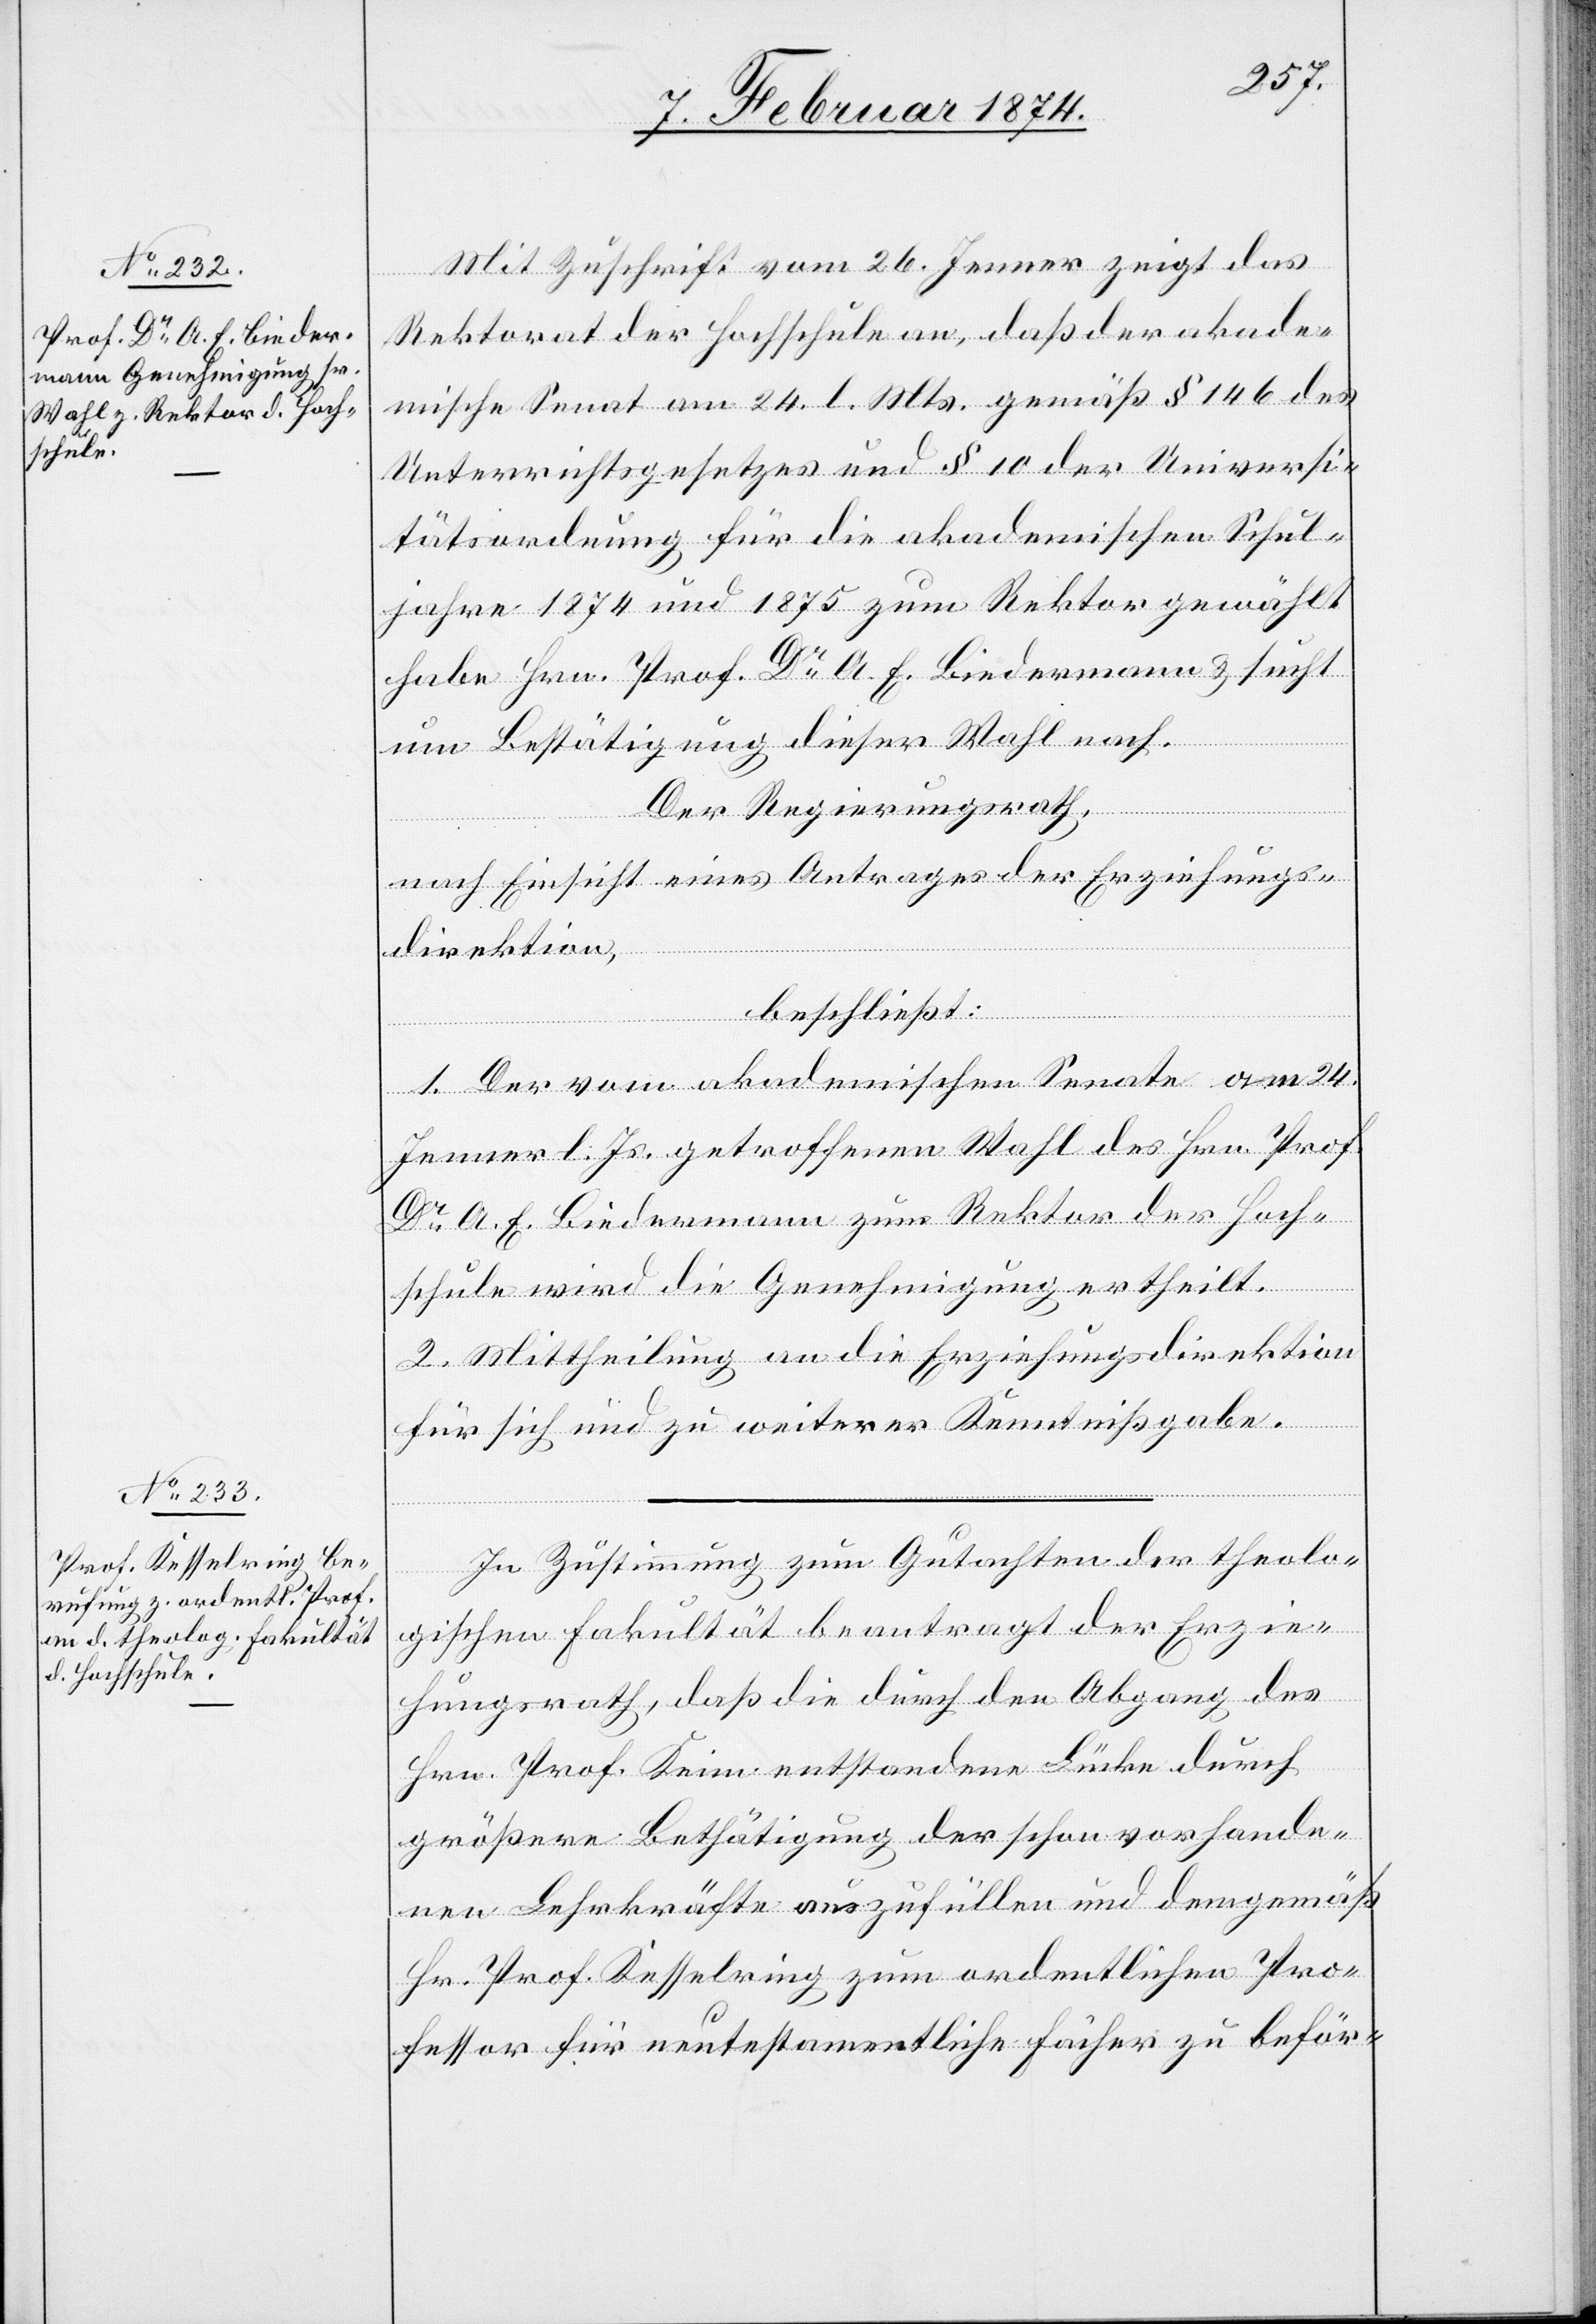
Mit Zuschrift vom 26. Jenner zeigt das
Rektorat der Fachschule an, daß der akade¬
mische Senat am 24. l. Mts. gemäß § 146 des
Unterrichtsgesetzes und § 10 der Universi¬
tätsordnung für die akademischen Schul¬
jahre 1874 und 1875 zum Rektor gewählt
haben Hrn. Prof. Dr A. E. Biedermann u. sucht
um Bestätigung dieser Wahl nach.
Der Regierungsrath,
nach Einsicht eines Antrages der Erziehungs¬
direktion,
beschließt:
1. Der vom akademischen Senate am 24.
Jenner l. Js. getroffenen Wahl des Hrn. Prof.
Dr A. E. Biedermann zum Rektor der Fach¬
schule wird die Genehmigung ertheilt.
2. Mittheilung an die Erziehungsdirektion
für sich und zu weiterer Kenntnißgabe.
In Zustimmung zum Gutachten der theolo¬
gischen Fakultät beantragt der Erzie¬
hungsrath, daß die durch den Abgang des
Hrn. Prof. Keim entstandene Lücke durch
größere Bethätigung der schon vorhande¬
nen Lehrkräfte auszufüllen und demgemäß
Hr. Prof. Kesselring zum Ordentlichen Pro¬
fessor für neutestamentliche Fächer zu beför-